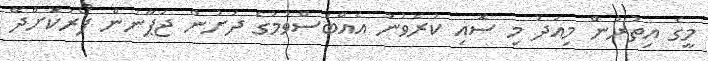
މީގެ އިތުރުން މިއަދު މި ސޮއި ކުރެވުނު އެއްބަސްވުމުގެ ދަށުން ޖަޕާނުން ފޯރުކޮށްދޭ